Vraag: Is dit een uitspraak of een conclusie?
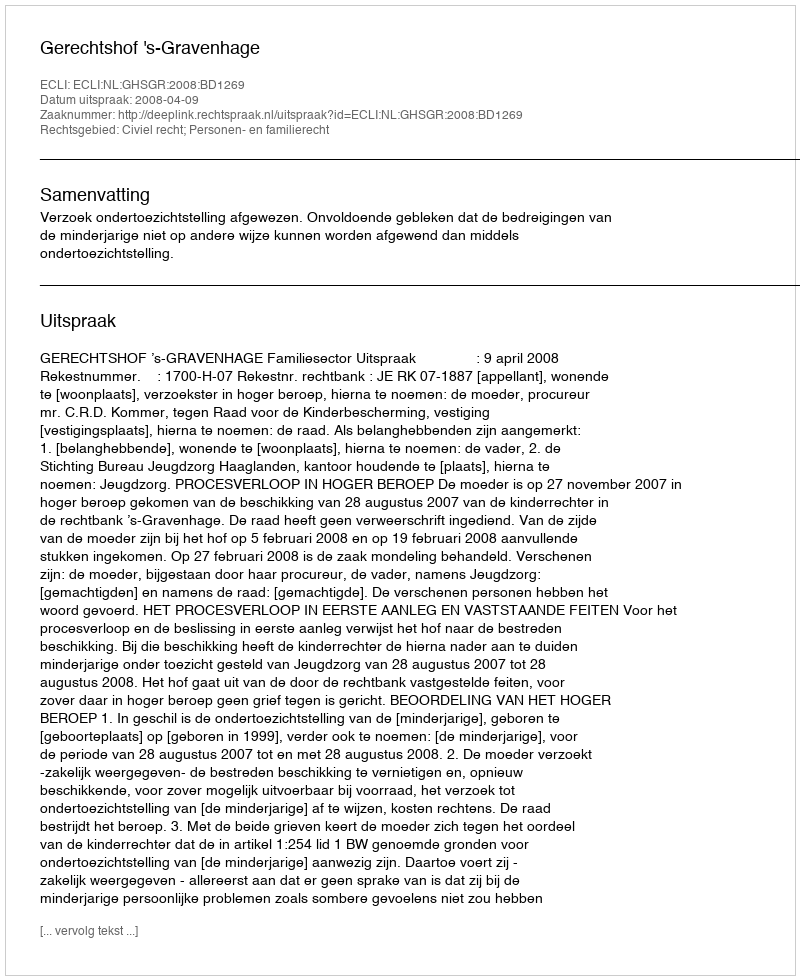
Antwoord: Uitspraak